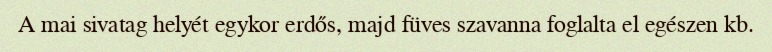
A mai sivatag helyét egykor erdős, majd füves szavanna foglalta el egészen kb.